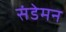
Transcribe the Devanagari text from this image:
संडेमन